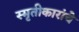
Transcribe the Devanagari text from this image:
स्मृतीकारांचे